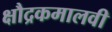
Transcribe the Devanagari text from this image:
क्षौद्रकमालवी